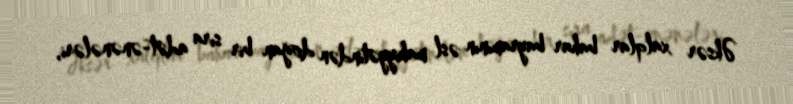
Əksər xalqlar bahar bayramının əsl mahiyyətindən doğan bir sıra adət-ənənələri,